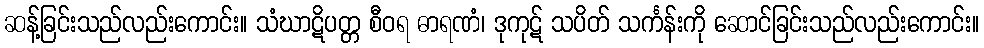
ဆန့်ခြင်းသည်လည်းကောင်း။ သံဃာဋိပတ္တ စီဝရ ဓာရဏံ၊ ဒုကုဋ် သပိတ် သင်္ကန်းကို ဆောင်ခြင်းသည်လည်းကောင်း။